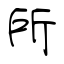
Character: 所